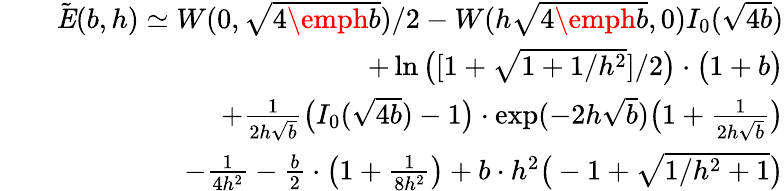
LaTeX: \begin{array}{rlr}&{}&{\tilde{\textbf{\emph{E}}}(b,h)\simeq W(0,\sqrt{4\emph{b}})/2-W(h\sqrt{4\emph{b}},0)I_{0}(\sqrt{4b})}\\ &{}&{+\ln\big([1+\sqrt{1+1/h^{2}}]/2\big)\cdot\big(1+b\big)}\\ &{}&{+{\frac{1}{2h\sqrt{b}}}\big(I_{0}(\sqrt{4b})-1\big)\cdot\exp(-2h\sqrt{b})\big(1+{\frac{1}{2h\sqrt{b}}}\big)}\\ &{}&{-{\frac{1}{4h^{2}}}-{\frac{b}{2}}\cdot\big(1+{\frac{1}{8h^{2}}}\big)+b\cdot h^{2}\big(-1+\sqrt{1/h^{2}+1}\big)}\end{array}